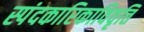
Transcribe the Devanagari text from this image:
स्पंदकारिकाविवृत्ति